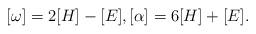
LaTeX: \begin{align*}[\omega] = 2[H]-[E], [\alpha] = 6[H]+[E].\end{align*}